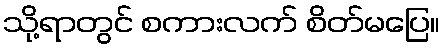
သို့ရာတွင် စကားလက် စိတ်မပြေ။